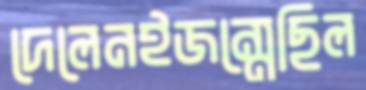
দেলেনইজন্মেছিল